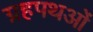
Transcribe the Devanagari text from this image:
ग्रहपथओं